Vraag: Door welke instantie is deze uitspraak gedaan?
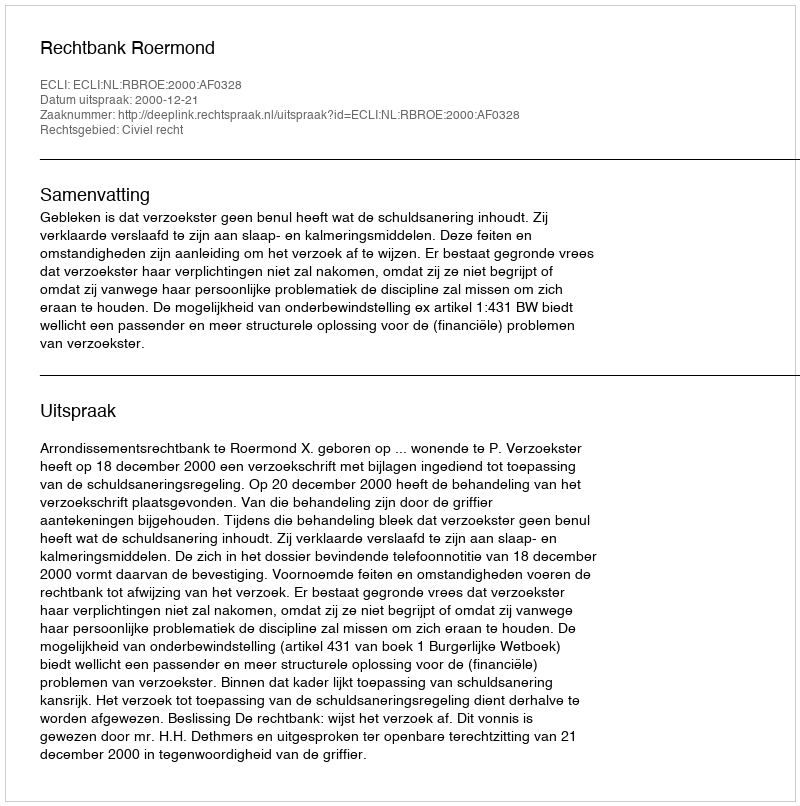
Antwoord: Rechtbank Roermond